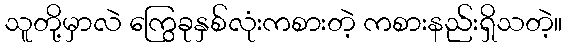
သူတို့မှာလဲ ကြွေခုနှစ်လုံးကစားတဲ့ ကစားနည်းရှိသတဲ့။